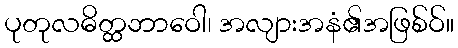
ပုတုလဓိတ္ထဘာဝေါ၊ အလျားအနံ၏အဖြစ်ဝ်။